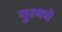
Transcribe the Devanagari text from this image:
पुरमचे